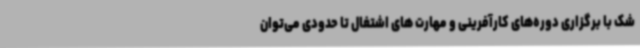
شک با برگزاری دوره‌های کارآفرینی و مهارت های اشتغال تا حدودی می‌توان